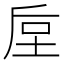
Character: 垕